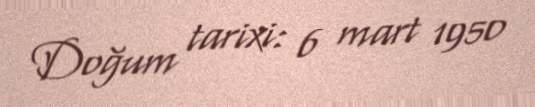
Doğum tarixi: 6 mart 1950